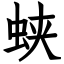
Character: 蛱